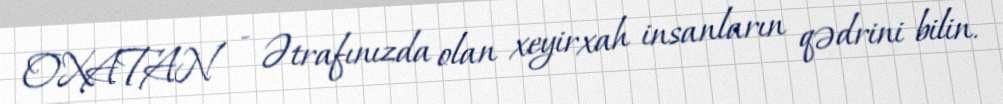
OXATAN - Ətrafınızda olan xeyirxah insanların qədrini bilin.